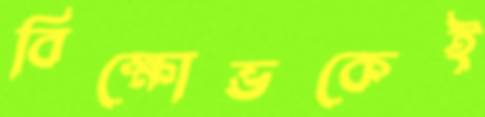
বিক্ষোভকেই